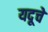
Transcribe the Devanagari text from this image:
यदूचे